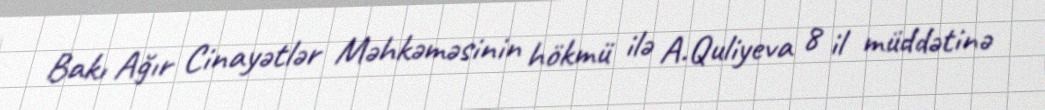
Bakı Ağır Cinayətlər Məhkəməsinin hökmü ilə A.Quliyeva 8 il müddətinə